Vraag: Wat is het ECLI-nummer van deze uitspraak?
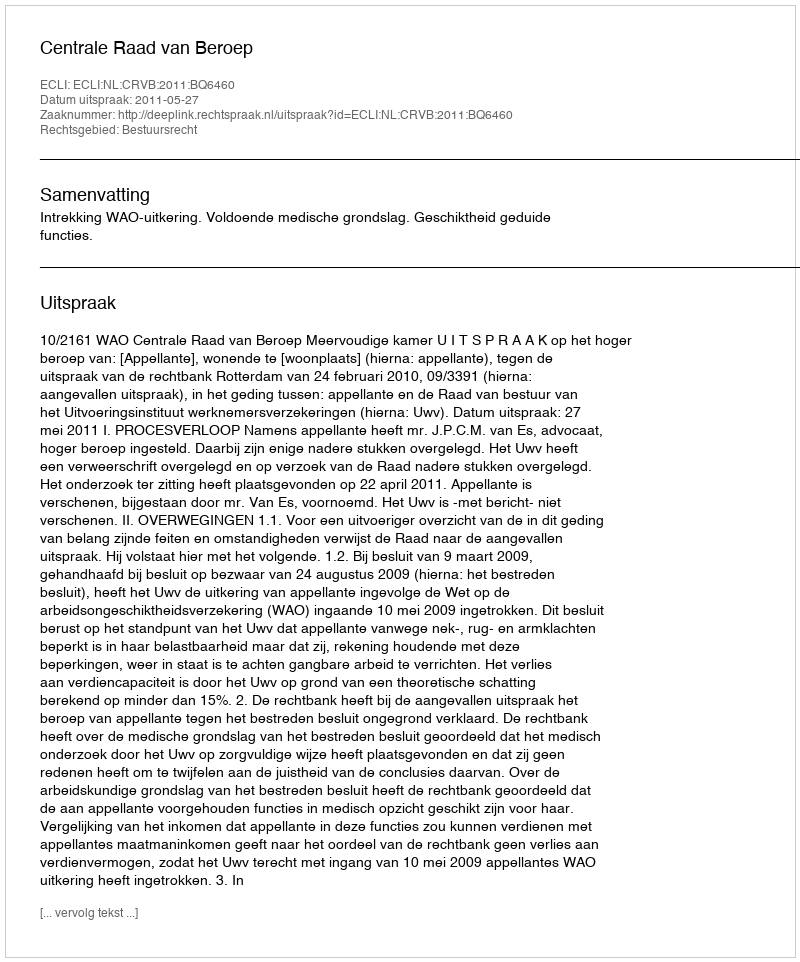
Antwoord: ECLI:NL:CRVB:2011:BQ6460